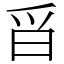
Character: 㸓